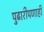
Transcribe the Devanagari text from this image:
पुढारीपणाही